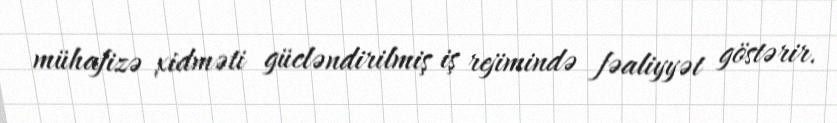
mühafizə xidməti gücləndirilmiş iş rejimində fəaliyyət göstərir.